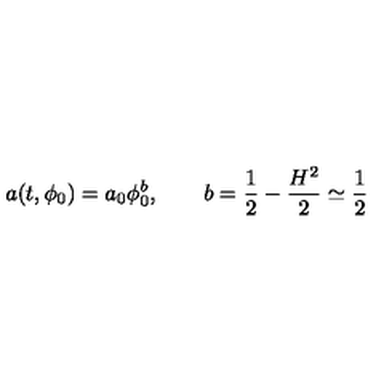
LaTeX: a ( t , \phi _ { 0 } ) = a _ { 0 } \phi _ { 0 } ^ { b } , \qquad b = \frac { 1 } { 2 } - \frac { H ^ { 2 } } { 2 } \simeq \frac { 1 } { 2 }